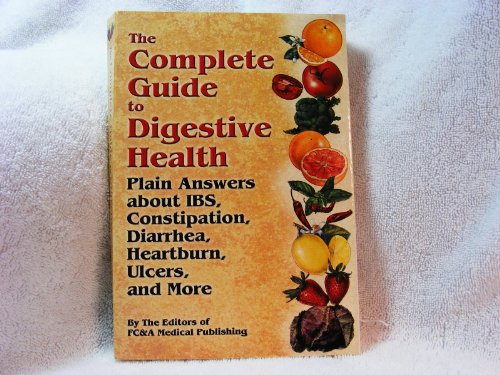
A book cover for The Complete Guide to Digestive Health Plain Answers About Ibs, Constipation, Diarrhea, Heartburn, Ulcers and More; Health, Fitness & Dieting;